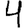
Digit: 4